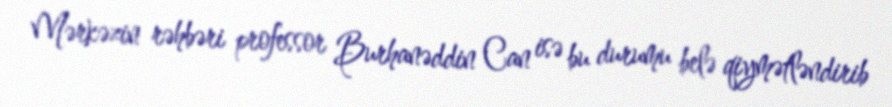
Mərkəzin rəhbəri professor Burhanəddin Can isə bu durumu belə qiymətləndirib